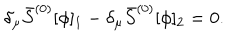
LaTeX: \delta _ { \mu } \bar { S } ^ { ( 0 ) } [ \phi ] _ { 1 } - \delta _ { \mu } \bar { S } ^ { ( 0 ) } [ \phi ] _ { 2 } = 0 .